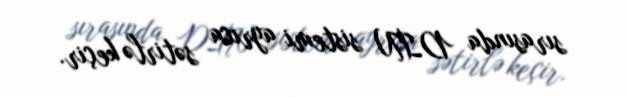
sırasında DİN sistemi ayrıca sətirlə keçir.